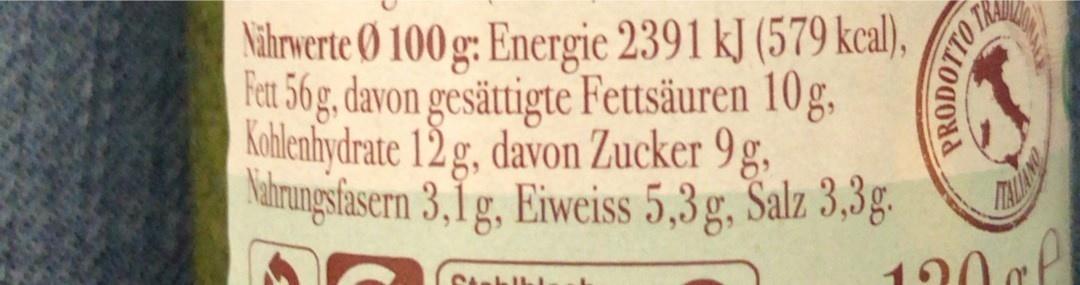
Nihrwerte (Ø 100 g: Energie 2391 kJ (579 kcal), Fet 56g, davon gesättigte Fettsäuren 10g, Kohlenhydrate 12g, davon Zucker 9g, Natrungsfasern 3,1g, Eiweiss 5,3g. Salz 3,3g.
120 g
Stablb
PRODOTTO